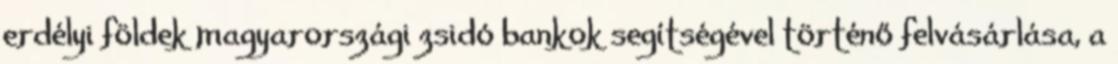
erdélyi földek magyarországi zsidó bankok segítségével történő felvásárlása, a